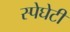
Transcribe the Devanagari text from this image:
स्पेघेटी